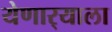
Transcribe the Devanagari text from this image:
येणार्‍याला